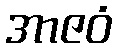
အာဇဝံ